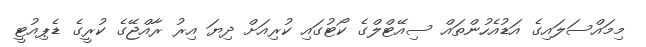
މިމައްސަލައިގެ އަޑުއެހުންތައް ސިއޭޓްލްގެ ކޯޓުގައި ކުރިއަށް ދިޔަ އިރު ރާއްޖޭގެ ކުރީގެ ޑެޕިއުޓީ